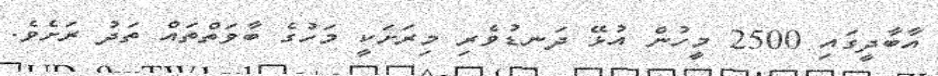
އާބާދީގައި 2500 މީހުން އުޅޭ ދަނޑުވެރި މިރަށަކީ މަހުގެ ބާވަތްތައް ތަދު ރަށެވެ.